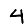
Digit: 4